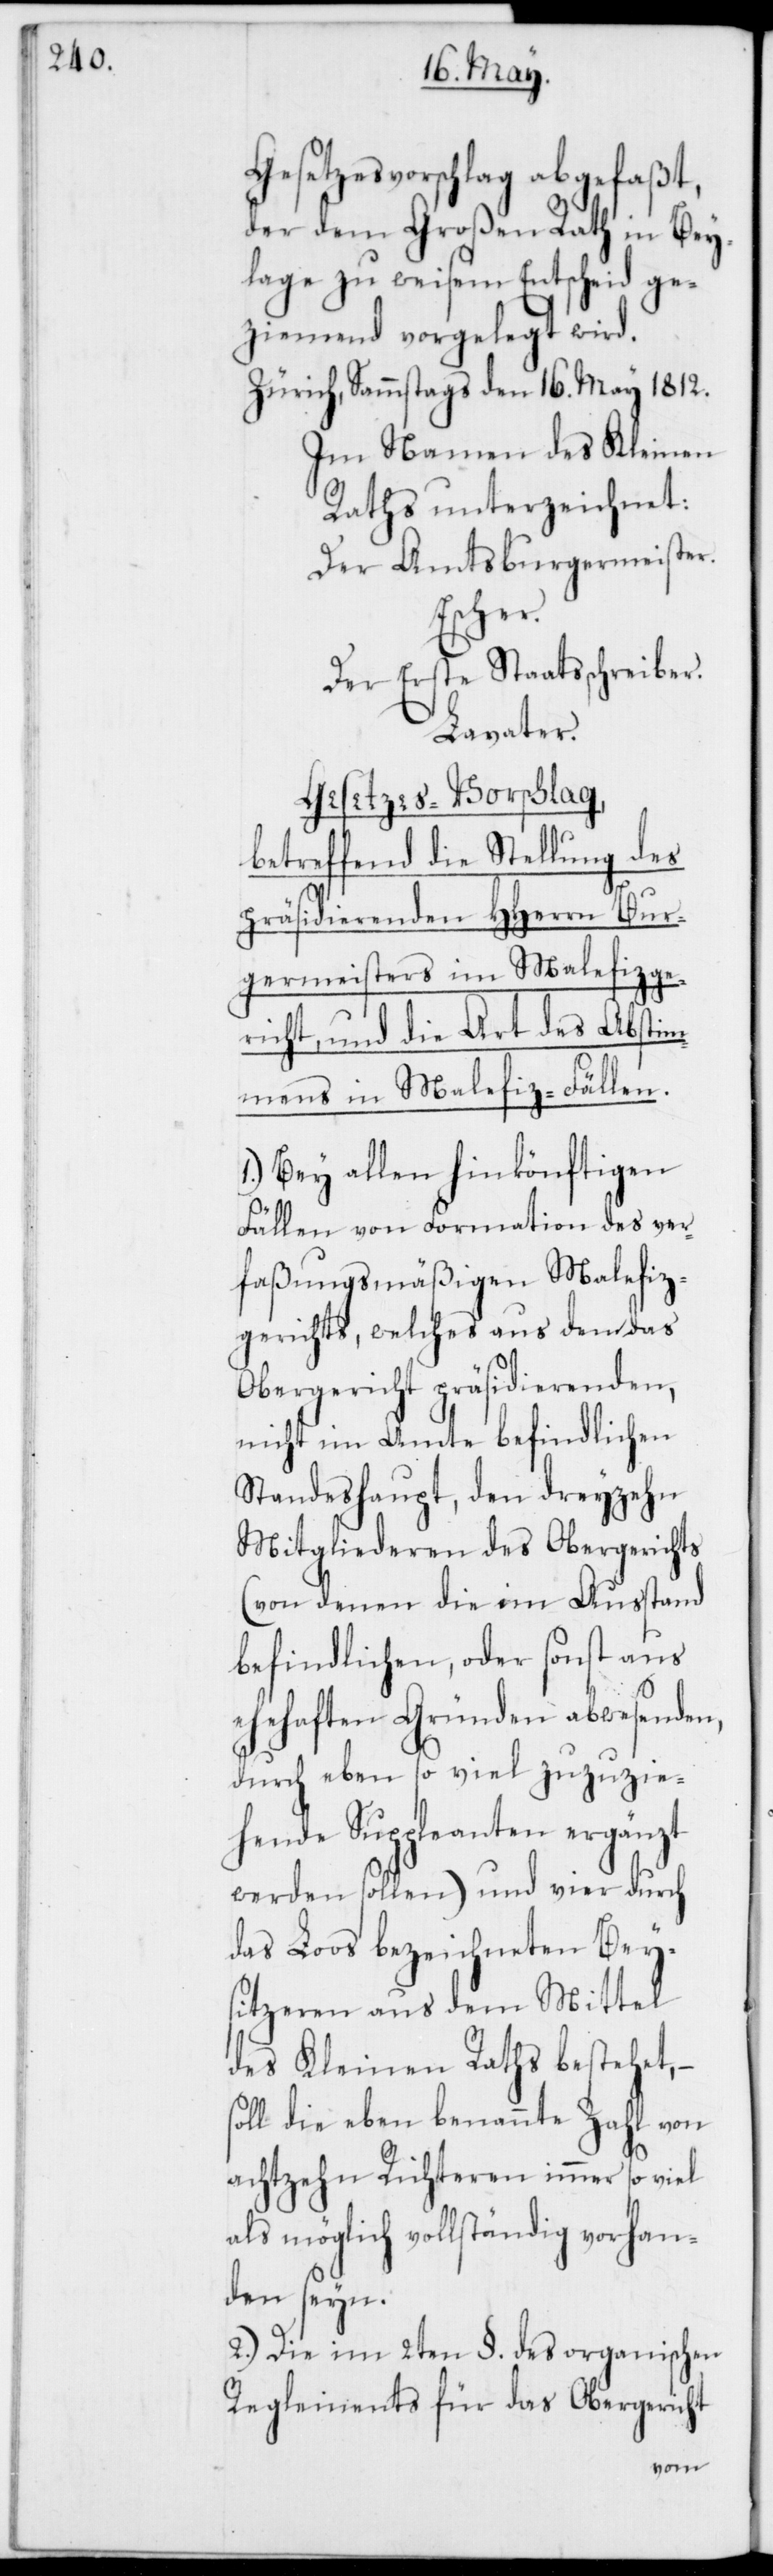
Gesetzesvorschlag abgefaßt,
der dem Großen Rath in Bey¬
lage zu weisem Entscheid ge¬
ziemend vorgelegt wird.
Zürich, Sammstags den 16. May 1812.
Im Namen des Kleinen
Raths unterzeichnet:
Der Amtsburgermeister.
Escher.
Der Erste Staatsschreiber.
Lavater.
Gesetzesvorschlag,
betreffend die Stellung des
präsidierenden HHerrn Bur¬
germeisters im Malefizge¬
richt, und die Art des Abstim¬
mens in Malefiz-Fällen.
1.) Bey allen hinkönftigen
Fällen von Formation des ver¬
faßungsmäßigen Malefiz¬
gerichts, welches aus den das
Obergericht präsidierenden,
nicht im Amte befindlichen
Standeshaupt, den dreyzehn
Mitgliederen des Obergerichts
(von denen die im Ausstand
befindlichen, oder sonst aus
ehehaften Gründen abwesenden,
durch eben so viel zuzuzie¬
hende Suppleanten ergänzt
werden sollen) und vier durch
das Loos bezeichneten Bey¬
sitzeren aus dem Mittel
des Kleinen Raths bestehet,
die eben benannte Zahl von
achtzehn Richteren immer so viel
als möglich vollständig vorhan¬
den seyn.
2.) Die im 2ten §. des organischen
Reglements für das Obergericht